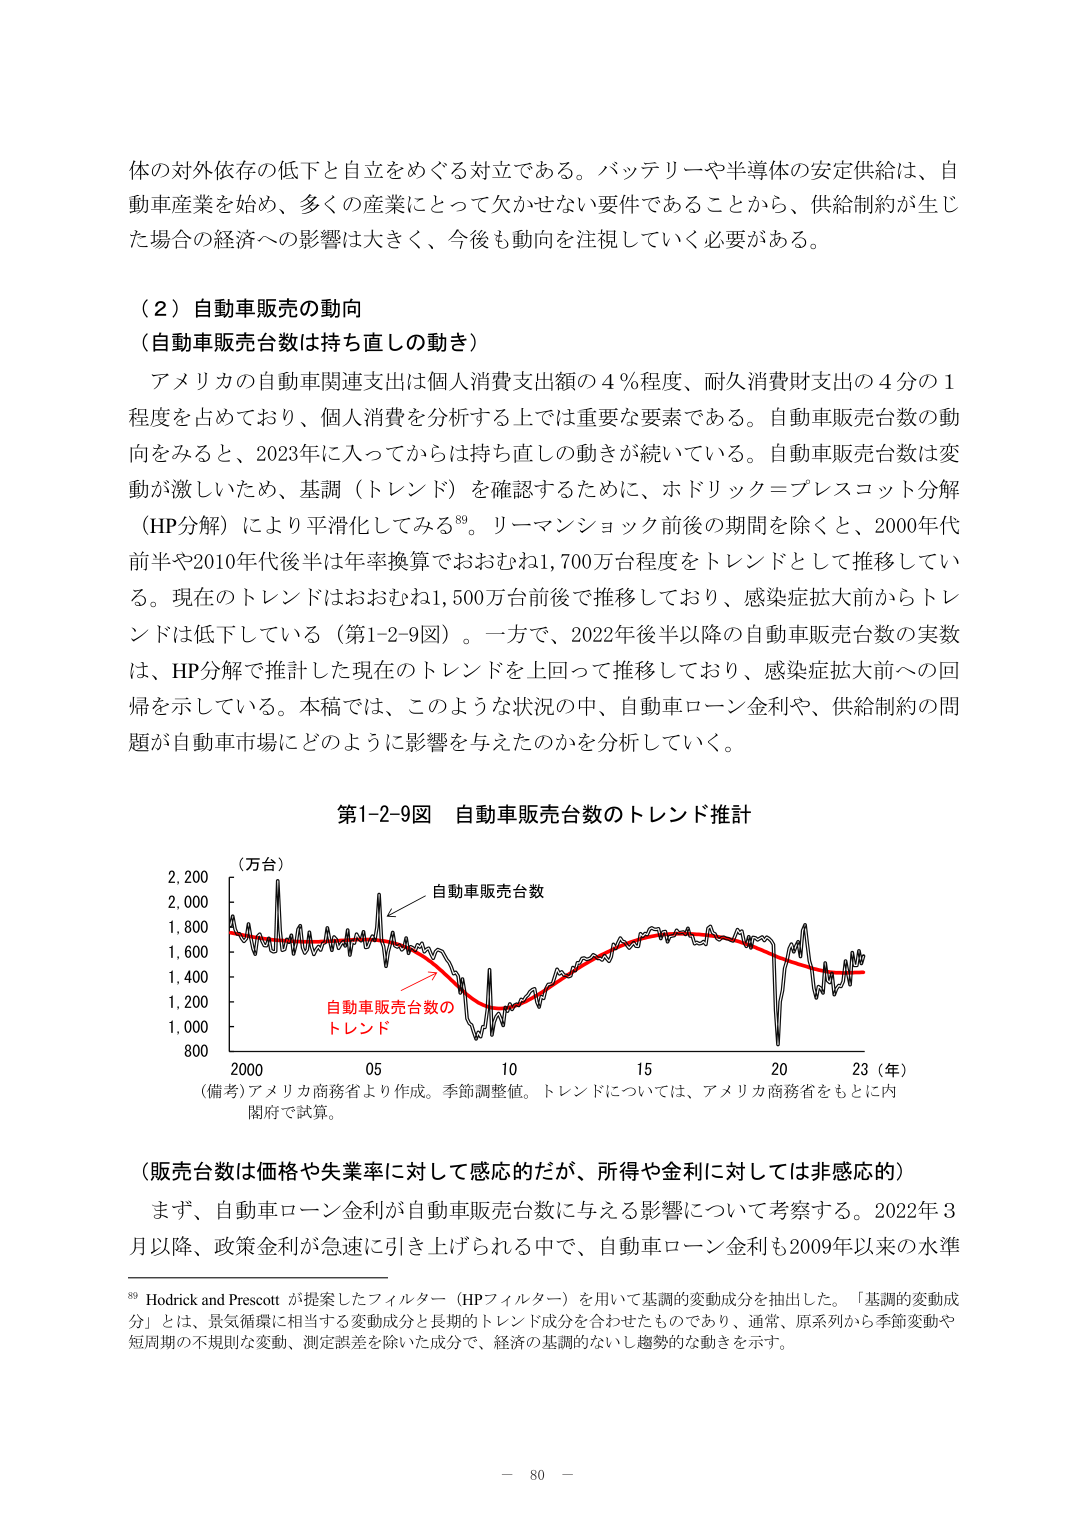
体の対外依存の低下と自立をめぐる対立である。バッテリーや半導体の安定供給は、自動車産業を始め、多くの産業にとって欠かせない要件であることから、供給制約が生じた場合の経済への影響は大きく、今後も動向を注視していく必要がある。

（２）自動車販売の動向
（自動車販売台数は持ち直しの動き）

アメリカの自動車関連支出は個人消費支出額の４％程度、耐久消費財支出の４分の１程度を占めており、個人消費を分析する上では重要な要素である。自動車販売台数の動向をみると、2023年に入ってから持ち直しの動きが続いている。自動車販売台数は変動が激しいため、基調（トレンド）を確認するために、ホドリック＝プレスコット分解（HP分解）により平滑化してみる⁸⁹。リーマンショック前後の期間を除くと、2000年代前半や2010年代後半は年率換算でおおむね1,700万台程度をトレンドとして推移している。現在のトレンドはおおむね1,500万台前後で推移しており、感染症拡大前からトレンドは低下している（第1-2-9図）。一方で、2022年後半以降の自動車販売台数の実数は、HP分解で推計した現在のトレンドを上回って推移しており、感染症拡大前への回帰を示している。本稿では、このような状況の中、自動車ローン金利や、供給制約の問題が自動車市場にどのように影響を与えたのかを分析していく。

第1-2-9図 自動車販売台数のトレンド推計

（万台）
2,200
2,000
1,800
1,600
1,400
1,200
1,000
800

自動車販売台数
自動車販売台数の
トレンド

2000 05 10 15 20 23（年）

（備考）アメリカ商務省より作成。季節調整値。トレンドについては、アメリカ商務省をもとに内閣府で試算。

（販売台数は価格や失業率に対して感応的だが、所得や金利に対しては非感応的）

まず、自動車ローン金利が自動車販売台数に与える影響について考察する。2022年3月以降、政策金利が急速に引き上げられる中で、自動車ローン金利も2009年以来の水準

⁸⁹ Hodrick and Prescott が提案したフィルター（HPフィルター）を用いて基調的変動成分を抽出した。「基調的変動成分」とは、景気循環に相当する変動成分と長期的トレンド成分を合わせたものであり、通常、原系列から季節変動や短周期の不規則な変動、測定誤差を除いた成分で、経済の基調的ないし趨勢的な動きを示す。

－ 80 －